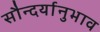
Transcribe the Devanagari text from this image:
सौन्दर्यानुभाव